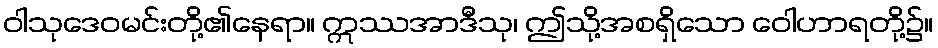
ဝါသုဒေဝမင်းတို့၏နေရာ။ ဣဿအာဒီသု၊ ဤသို့အစရှိသော ဝေါဟာရတို့၌။